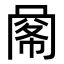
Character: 𢃹